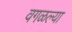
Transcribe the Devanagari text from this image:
वगळल्या